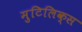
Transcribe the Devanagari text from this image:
मुटिलिक्स